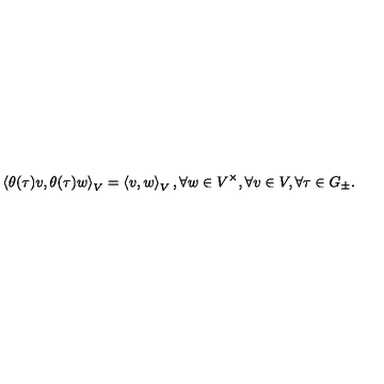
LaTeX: \left\langle \theta ( \tau ) v , \theta ( \tau ) w \right\rangle _ { V } = \left\langle v , w \right\rangle _ { V } , \forall w \in V ^ { \times } , \forall v \in V , \forall \tau \in G _ { \pm } .